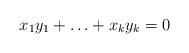
LaTeX: \begin{align*}x_1y_1 +\ldots + x_k y_k = 0\end{align*}